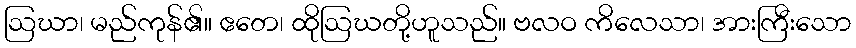
ဩဃာ၊ မည်ကုန်၏။ ဧတေ၊ ထိုဩဃတို့ဟူသည်။ ဗလဝ ကိလေသာ၊ အားကြီးသော